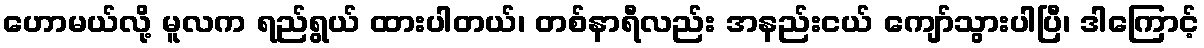
ဟောမယ်လို့ မူလက ရည်ရွယ် ထားပါတယ်၊ တစ်နာရီလည်း အနည်းငယ် ကျော်သွားပါပြီ၊ ဒါကြောင့်